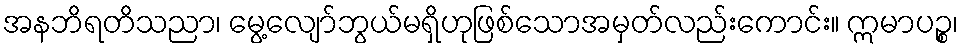
အနဘိရတိသညာ၊ မွေ့လျော်ဘွယ်မရှိဟုဖြစ်သောအမှတ်လည်းကောင်း။ ဣမာပဉ္စ၊